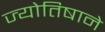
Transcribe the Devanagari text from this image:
ज्योतिषाने